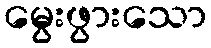
မွေးဖွားသော